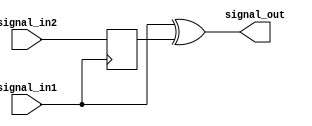
module Timing_Control_and_Synchronization_XOR_Gate_Delay (
    input wire signal_in1,
    input wire signal_in2,
    output wire signal_out
);

reg delayed_signal_in2;
assign signal_out = signal_in1 ^ delayed_signal_in2;

// Delayed signal_in2 using flip-flop
always @(posedge signal_in1) begin
    delayed_signal_in2 <= signal_in2;
end
endmodule